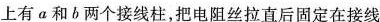
上有α和b两个接线柱，把电阻丝拉直后固定在接线